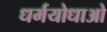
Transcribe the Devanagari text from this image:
धर्मयोधाओ